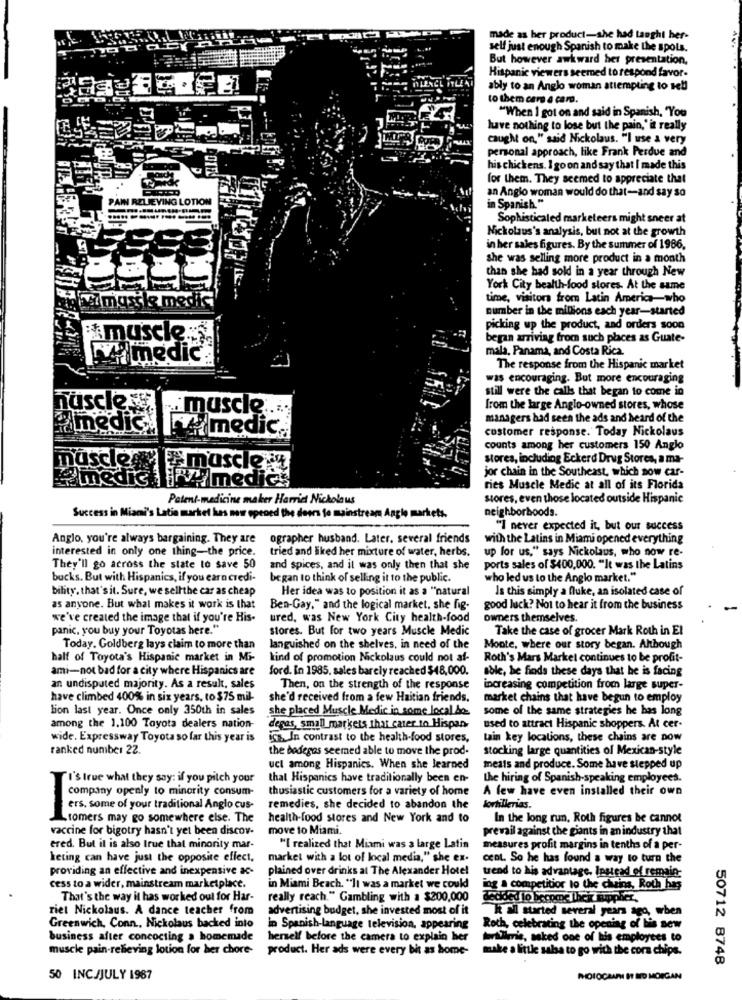
made as her product-she had taught her-
self just enough Spanish to make the spots.
But however awkward her presentation.
Hispanic viewers seemed to respond favor.
ably to an Anglo woman attempting to sell
to them cars a card.
"When I got on and said in Spanish, "You
have nothing to lose but the pain,' it really
caught on," said Nickolaus. "I use a very
personal approach, like Frank Perdue and
his chickens. I go on and say that I made this
for them. They seemed to appreciate that
an Anglo woman would do that-and say so
PAIN RELIEVING LOTION
in Spanish "
Sophisticated marketeers might sneer at
Nickolaus's analysis, but not at the growth
in her sales figures. By the summer of 1986.
she was selling more product in a month
than she had sold in a year through New
York City health-food stores. At the same
Maimgsile media
time, visitors from Latin America-who
number in the millions each year-started
picking up the product, and orders soon
Amuscle:
began arriving from such places as Guate-
mala, Panama, and Costa Rica.
imedic
The response from the Hispanic market
was encouraging. But more encouraging
still were the calls that began to come in
muscle
„muscle ...
from the large Anglo-owned stores, whose
managers had seen the ads and heard of the
Hamedicine medic.
customer response. Today Nickolaus
counts among her customers 150 Anglo
stores, including Eckerd Drug Stores, a ma-
musclemy muscle
jor chain in the Southeast, which now car-
medic Pimedics
ries Muscle Medic at all of its Florida
Patent-medicine maker Harriet Nicholaus
stores, even those located outside Hispanic
neighborhoods.
Success in Miami's Latin market has now opened the deers fo mainstream Angle markets.
"I never expected it, but our success
Anglo, you're always bargaining. They are
ographer husband. Later. several friends
with the Latins in Miami opened everything
interested in only one thing-the price.
tried and liked her mixture of water, herbs.
up for us," says Nickolaus, who now re-
They'll go across the state to save 50
and spices, and it was only then that she
ports sales of $400,000. "It was the Latins
bucks. But with Hispanics, if you earn credi-
began to think of selling it to the public.
who led us to the Anglo market."
bility, that's it. Sure, we sellthe car as cheap
Her idea was to position it as a "natural
Is this simply a fluke, an isolated case of
as anyone. But what makes it work is that
Ben-Gay," and the logical market, she fig-
good luck? Not to hear it from the business
we've created the image that if you're His-
ured, was New York City health-food
owners themselves.
panic. you buy your Toyotas here."
stores. But for two years Muscle Medic
Take the case of grocer Mark Roth in El
Today. Goldberg lays claim to more than
languished on the shelves, in need of the
Monte, where our story began. Although
half of Toyota's Hispanic market in Mi-
Lind of promotion Nickolaus could not af-
Roth's Mars Markel continues to be profit-
ami-not bad for a city where Hispanics are
ford. In 1985. sales barely reached $48,000.
sole, he finds these days that he is facing
an undisputed majority. As a result, sales
Then, on the strength of the response
increasing competition from large super-
have climbed 400% in six years. to $75 mil-
she'd received from a few Haitian friends.
market chains that have begun to employ
lion last year. Once only 350th in sales
she placed Muscle Medie in some local be
some of the same strategies he has long
among the 1.100 Toyota dealers nation-
depas, small markets thai cater to Hispan-
used to attract Hispanic shoppers. At cer-
wide. Expressway Toyota so far this year is
ich. In contrast to the health-food stores,
tain key locations, these chains are now
ranked number 22.
the bodegas seemed able to move the prod-
stocking large quantities of Mexican-style
uct among Hispanics. When she learned
meats and produce. Some have stepped up
I's true what they say: if you pitch your
that Hispanics have traditionally been en-
the hiring of Spanish-speaking employees.
company openly to minority consum-
thusiastic customers for a variety of home
A few have even installed their own
ers. some of your traditional Anglo cus-
remedies, she decided to abandon the
lortillerias.
Lromers may go somewhere else. The
health-food stores and New York and to
In the long run, Roth figures be cannot
vaccine for bigotry hasn't yet been discov-
move to Miami.
prevail against the giants in an industry that
ered. But it is also true that minority mar-
"I realized that Miami was a large Latin
measures profit margins in tenths of a per-
Leting can have just the opposite effect,
market with a lot of local media," she ex-
cent. So he has found a way to turn the
providing an effective and inexpensive ac-
plained over drinks at The Alexander Hotel
trend to his advantage. Instead of remain-
cess to a wider, mainstream marketplace.
in Miami Beach. "It was a market we could
ing a competition to the chains, Roth has
That's the way it has worked out for Har-
really reach." Gambling with a $200,000
decided to become their muppher.
riet Nickolaus. A dance teacher from
advertising budget, she invested most of it
Greenwich, Conn, Nickolaus backed into
k ail started several years ago, when
in Spanish-language television, appearing
Roth, celebrating the opening of lis sew
business after concocting a homemade
herself before the camera to explain her
willmis, naked one of his employees to
muscle pain-relieving lotion for her chore-
product. Her ads were every bit as home-
make a little salsa to go with the corn chips.
50712 8748
50 INC/JULY 1987
PHOTOCAARI IT MO MORGAN